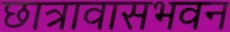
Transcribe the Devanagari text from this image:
छात्रावासभवन